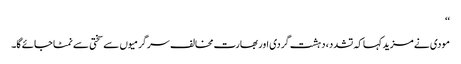
‘‘
مودی نے مزید کہا کہ تشدد، دہشت گردی اور بھارت مخالف سرگرمیوں سے سختی سے نمٹا جائے گا۔